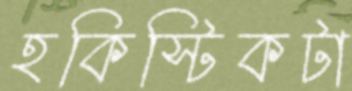
হকিস্টিকটা